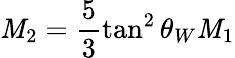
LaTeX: \mathit{M}_{2}=\frac{{5}}{{3}}\tan^{2}\theta_{W}\mathit{M}_{1}